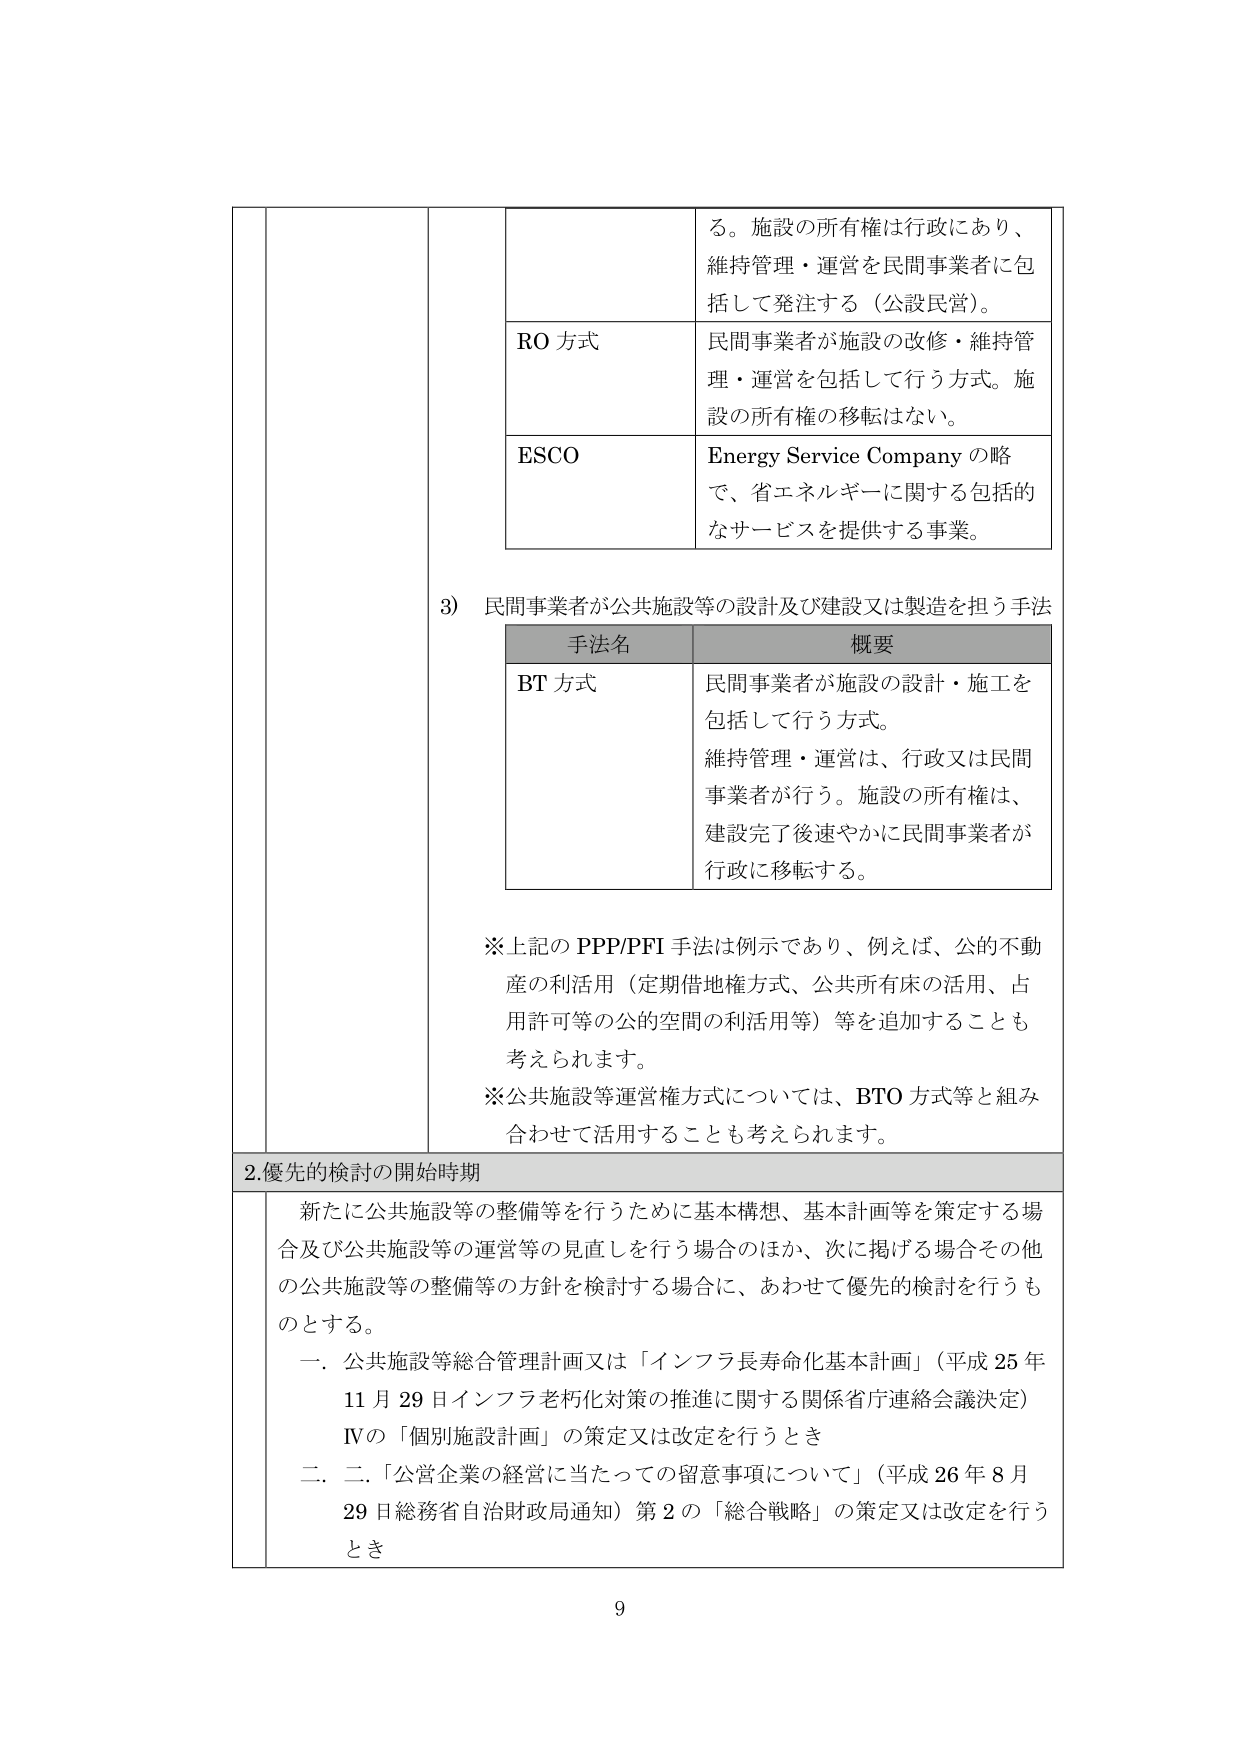
る。施設の所有権は行政にあり、
維持管理・運営を民間事業者に包
括して発注する（公設民営）。

RO 方式
民間事業者が施設の改修・維持管
理・運営を包括して行う方式。施
設の所有権の移転はない。

ESCO
Energy Service Company の略
で、省エネルギーに関する包括的
なサービスを提供する事業。

3) 民間事業者が公共施設等の設計及び建設又は製造を担う手法

手法名　　　　　　　　　概要
BT 方式
民間事業者が施設の設計・施工を
包括して行う方式。
維持管理・運営は、行政又は民間
事業者が行う。施設の所有権は、
建設完了後速やかに民間事業者が
行政に移転する。

※上記の PPP/PFI 手法は例示であり、例えば、公の不動
産の利活用（定期借地権方式、公共所有床の活用、占
用許可等の公の空間の利活用等）等を追加することも
考えられます。
※公共施設等運営権方式については、BTO 方式等と組み
合わせて活用することも考えられます。

2. 優先的検討の開始時期

新たに公共施設等の整備等を行うために基本構想、基本計画等を策定する場
合及び公共施設等の運営等の見直しを行う場合のほか、次に掲げる場合その他
の公共施設等の整備等の方針を検討する場合に、あわせて優先的検討を行うも
のとする。

一．公共施設等総合管理計画又は「インフラ長寿命化基本計画」（平成 25 年
11 月 29 日インフラ老朽化対策の推進に関する関係省庁連絡会議決定）
IV の「個別施設計画」の策定又は改定を行うとき

二．「公営企業の経営に当たっての留意事項について」（平成 26 年 8 月
29 日総務省自治財政局通知）第 2 の「総合戦略」の策定又は改定を行う
とき

9